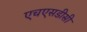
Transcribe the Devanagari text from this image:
एचएसडीसी